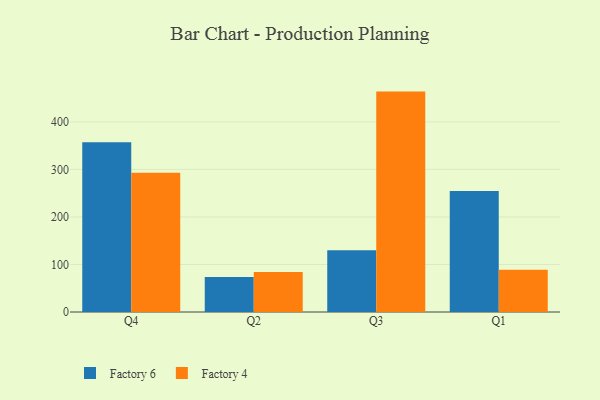
{"axis": {"x": "Quarter", "y": "Page Views"}, "legend": ["Factory 4", "Factory 6"], "data": [{"x": "Q4", "y": 357.2, "type": "Factory 6"}, {"x": "Q4", "y": 292.9, "type": "Factory 4"}, {"x": "Q2", "y": 73.6, "type": "Factory 6"}, {"x": "Q2", "y": 84.3, "type": "Factory 4"}, {"x": "Q3", "y": 130.1, "type": "Factory 6"}, {"x": "Q3", "y": 463.7, "type": "Factory 4"}, {"x": "Q1", "y": 254.5, "type": "Factory 6"}, {"x": "Q1", "y": 88.9, "type": "Factory 4"}]}